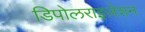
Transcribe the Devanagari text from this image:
डिपोलराइज़ेशन